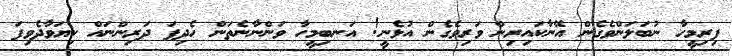
ފިރިމީހާ ނުބަލަންވެގެން އޭނާކައިރިން ވަރިވެގެން އުޅެނީ! އަނބިމީހާ ވަންނާނެތަން ހެދިފަ ދަރިންނައް ކިޔަވާދެެވިފަ